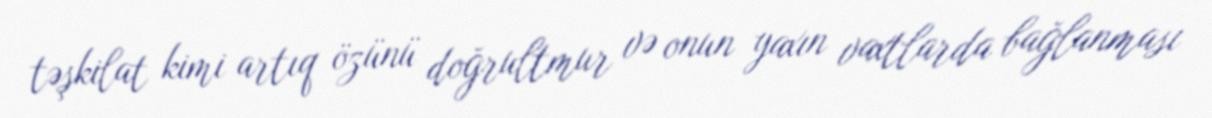
təşkilat kimi artıq özünü doğrultmur və onun yaxın vaxtlarda bağlanması